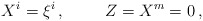
\begin{align*}X^{i}=\xi^{i}\, ,\hspace{1cm}Z=X^{m} =0\, ,\end{align*}